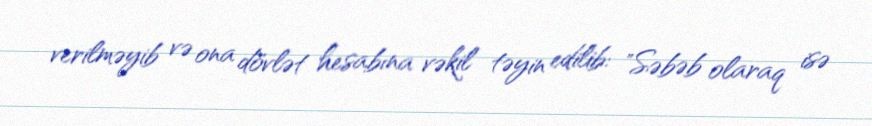
verilməyib və ona dövlət hesabına vəkil təyin edilib: "Səbəb olaraq isə